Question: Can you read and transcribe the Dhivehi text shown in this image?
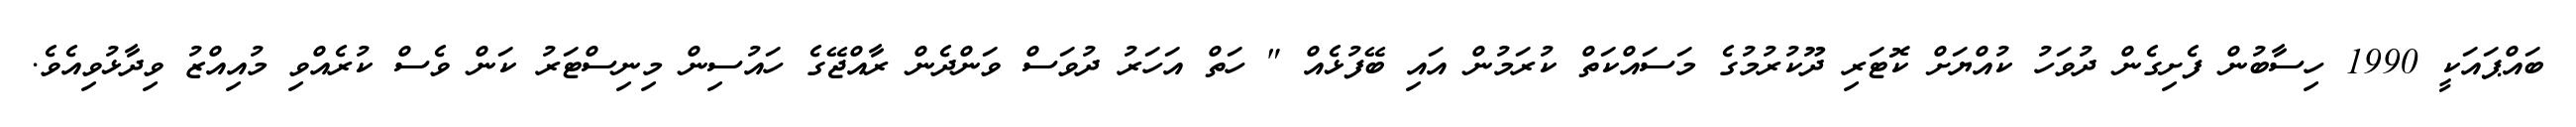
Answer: ބައްޕައަކީ 1990 ހިސާބުން ފެށިގެން ދުވަހު ކުއްޔަށް ކޮޓަރި ދޫކުރުމުގެ މަސައްކަތް ކުރަމުން އައި ބޭފުޅެއް " ހަތް އަހަރު ދުވަސް ވަންދެން ރާއްޖޭގެ ހައުސިން މިނިސްޓަރު ކަން ވެސް ކުރެއްވި މުއިއްޒު ވިދާޅުވިއެވެ.